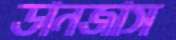
ডানজাস